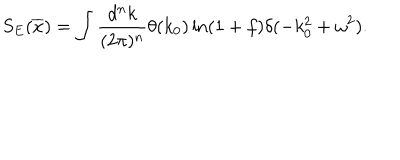
LaTeX: S _ { E } ( \overline { { x } } ) = \int \frac { d ^ { n } k } { ( 2 \pi ) ^ { n } } \theta ( k _ { 0 } ) \ln ( 1 + f ) \delta ( - k _ { 0 } ^ { 2 } + \omega ^ { 2 } ) .